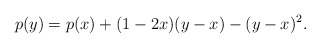
\begin{align*}p(y) = p(x) + (1 - 2x)(y - x) - (y - x)^2.\end{align*}